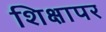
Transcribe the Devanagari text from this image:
शिक्षापर